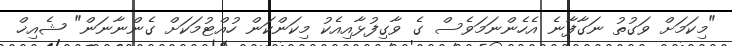
"މިކަމަށް ވަގުތު ނަގާފާނެ އެހެންނަމަވެސް ގެ ވާގިފުޅާއިއެކު މިކަންކަން ހުއްޓުމަކަށް ގެންނާނަން" ޝެއިޚް